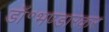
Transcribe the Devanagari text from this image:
डॉ॰भण्डारकर